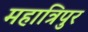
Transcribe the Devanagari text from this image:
महात्रिपुर